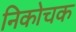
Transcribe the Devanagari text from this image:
निकोचक